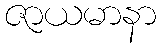
ဇာယမာနာ